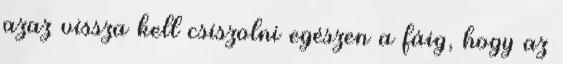
azaz vissza kell csiszolni egészen a fáig, hogy az